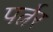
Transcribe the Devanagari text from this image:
पर्त्नेर